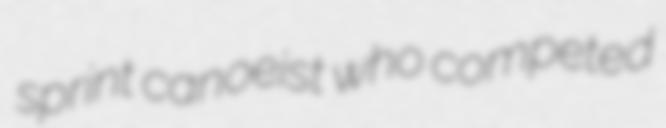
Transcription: sprint canoeist who competed